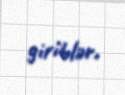
giriblər.